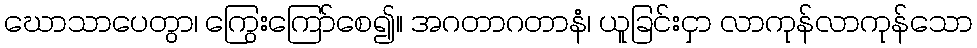
ဃောသာပေတွာ၊ ကြွေးကြော်စေ၍။ အဂတာဂတာနံ၊ ယူခြင်းငှာ လာကုန်လာကုန်သော